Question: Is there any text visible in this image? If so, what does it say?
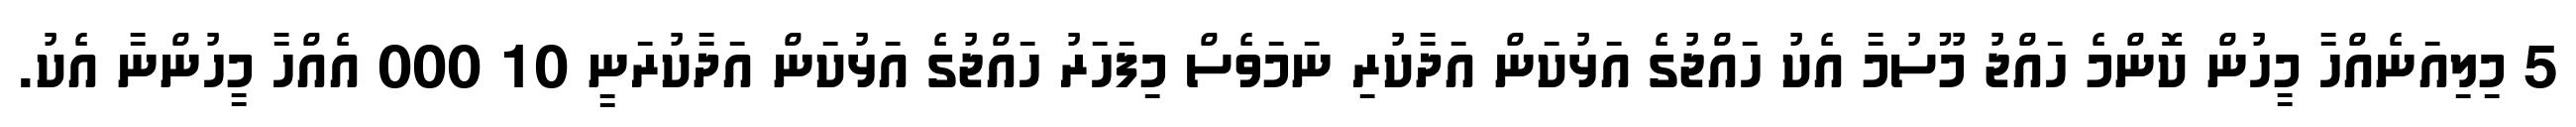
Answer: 5 މިލިއަނެއްހާ މީހުން ކޮންމެ ހައްޖު މޫސުމާ އެކު ހައްޖުގެ އަޅުކަން އަދާކުރި ނަމަވެސް މިފަހަރު ހައްޖުގެ އަޅުކަން އަދާކުރަނީ 10 000 އެއްހާ މީހުންނާ އެކު.